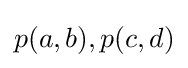
p(a,b),p(c,d)